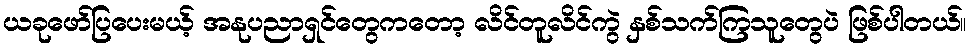
ယခုဖော်ပြပေးမယ့် အနုပညာရှင်တွေကတော့ လိင်တူလိင်ကွဲ နှစ်သက်ကြသူတွေပဲ ဖြစ်ပါတယ်။